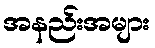
အနည်းအများ